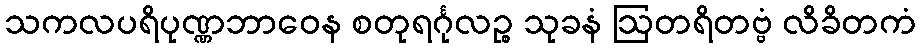
သကလပရိပုဏ္ဏဘာဝေန စတုရင်္ဂုလဉ္စ သုခနံ ဩတရိတဗ္ဗံ လိခိတကံ